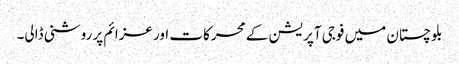
بلوچستان میں فوجی آپریشن کے محرکات اور عزائم پر روشنی ڈالی۔